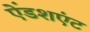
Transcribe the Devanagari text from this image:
ऐंडशएंट